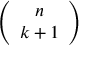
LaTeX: \left( \begin{array} { c } { { n } } \\ { { k + 1 } } \end{array} \right)